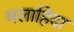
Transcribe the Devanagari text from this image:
मलाहिदा